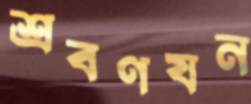
শ্রবণযন